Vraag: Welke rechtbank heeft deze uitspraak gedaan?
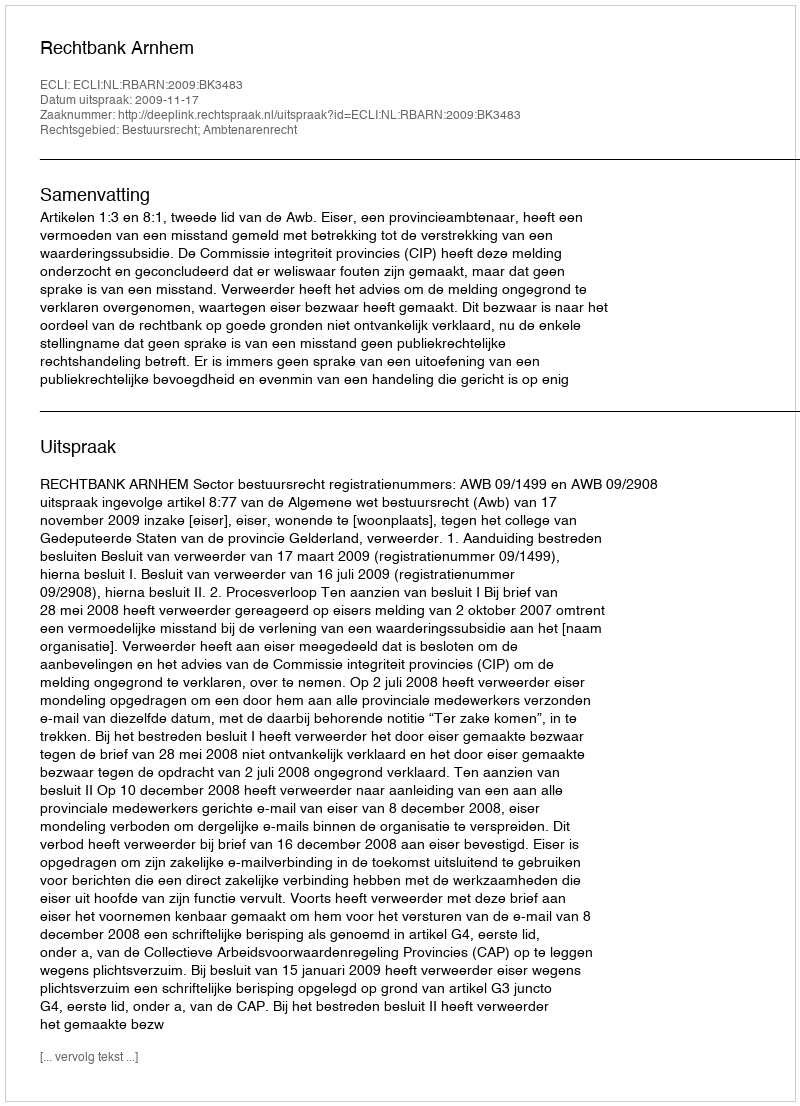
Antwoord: Rechtbank Arnhem